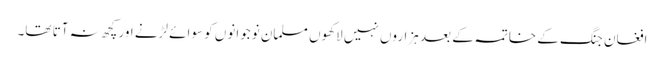
افغان جنگ کے خاتمہ کے بعد ہزاروں نہیں لاکھوں مسلمان نوجوانوں کو سوائے لڑنے اور کچھ نہ آتا تھا۔